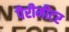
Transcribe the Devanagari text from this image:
पैरीमीटर